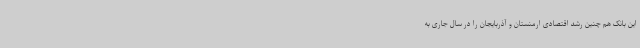
این بانک هم چنین رشد اقتصادی ارمنستان و آذربایجان را در سال جاری به